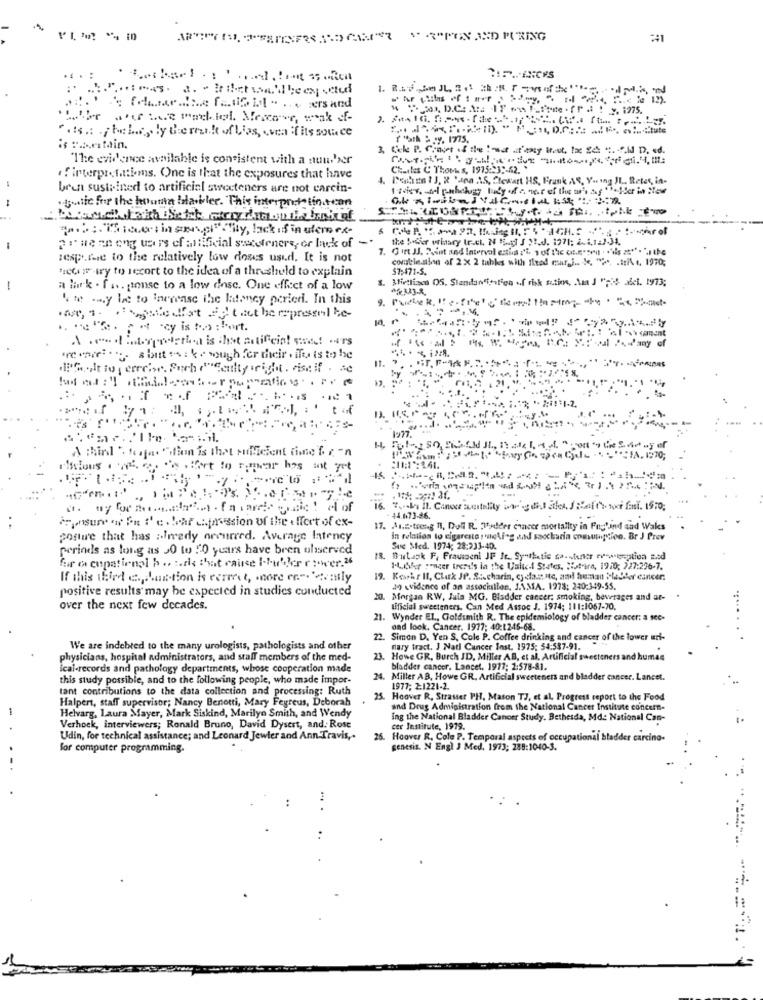
PERO ES PRICES SOCCER "PEN AND PURING
. 4
"Liber arte racial Mecave, wak -
its: hele, by themak oflies, wea fits son.ce
'The evidence available is consistent with a auusher
Charles C Thou s, 1975:23 :- 42. "
#interpr, fattiems. One is that the exposures that have
4. Poches 1), R 'ana AS, Stewart HS, Frank AS, Yo ing IL ., Retet, in-
been sustained to artificial sweeteners are not carcin-
tutte for the hunta blackler. This interpretation +can
== = = "Ticket in sensivity, lack of in uteroex-
2rue en eng users of artificial secstenere, or lack of
resp.due to the relatively low doses used. It is not
combleston of 2X 2 tables with Ileed mar,i .. . "> *, . trike. 1970;
"ichi try to recort to the idea of a threshold to explain
57:471-5.
3. Mirtlisca 05. Standardisation of risk stime, Ama J "Fi! alei. 1973;
-
a lark . f .s. ponse to a low dose. One effect of a low
4. t ... y be to Increase the latoney perier. In this
At, 1. dette dat ac tat he epressal be
are we . ... s but w : ke wugh fer their . il is to be
11.
1 114
1.2.
1977.
Milous . p. c. s. fort to soprar has not yet
15
16. 2. In it. Canour agitalily ings ales / Reith toor fast. 19:0;
iyonsure aw fn :' e. har ufmission of the . fort of ex-
44.673-86.
Anstreng nl, Doll R. Pydder cancer mortality in Fugfind and Wales
posture that has fredy occurred. Average latency
In relation to cigareste , wiedieg and saocharia consumption. Br J Prev
perinds as long as 50 to !'0 years have been observed
Suc Med. 1974; 28:233-40.
fir o cupational b .. :. die that caisse I.hubiler rower.26
18. Butask F, Fraumeni JF It .. Synthetic ca.stinker evaioption med
Pokr soner trendis la the Ualle-i States. "it-ire, 1970; 227:296-7.
If this third e ., han-tion is correct, more er .-. 'evenly
19. Kesehr Il, Clux JP. S :. charin, cy daunte, and freman bladder cancer.
positive results may be expected in studies conducted
ao vidence of an association, J.AMA. 1978: 240:349-55.
20. Morgan RW, Jala MG. Bladder cancer, smoking, bewtages and at-
over the next few decades.
tificial sweeteners. Can Med Assoc J. 1974; 111:1067-70.
21. Wynder EL, Goldsmith R. The epidemiology of bladder cancer: a sec-
...
and look. Cancer. 1977; 40:1245-68.
22. Simon D. Yen S, Cole P. Coffee drinking and cancer of the lower uri-
We are indebted to the many urologists, pathologists and other
mary tract. J Natl Cancer Inst. 1975; 54:537-91.
physicians, hospital administrators, and staff members of the med-
23. Howe GR. Burch JD, Miller AB, et al. Artificial sweeteners and human
ical-records and pathology departments, whose cooperation made
bladder cancer. Lancet. 1977: 2:578-81.
this study possible, and to the following people, who made impor-
24. Miller AB, Howe GR. Artificial sweeteners and bladder cancer. Lancet.
tant contributions to the data collection and processing: Ruth
1977; 2:1221-2.
Halpert, staff supervisor; Nancy Benotti, Mary Fegreus, Deborah
25. Hoover R. Strasser PH, Mason TJ, et al, Progress report to the Food
and Drug Administration from the National Cancer Institute concern-
Helvarg, Laura Mayer, Mark Siskind, Marilyn Smith, and Wendy
Ing the National Bladder Cancer Study. Bethesda, Md .: National Can-
Verhoek, interviewers; Ronald Bruno, David Dysert, and. Rose
cer Institute, 1979.
Udin, for technical assistance; and Leonard Jewier and Ann Travis ,.
26. Hoover R. Cole P. Temporal aspects of occupational bladder carcino-
for computer programming.
genesis. N Engl J Med. 1973; 288:1040-3.